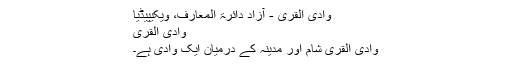
وادی القریٰ - آزاد دائرۃ المعارف، ویکیپیڈیا
وادی القریٰ
وادی القریٰ شام اور مدینہ کے درمیان ایک وادی ہے۔